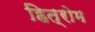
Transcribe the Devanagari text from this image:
हित्रोम